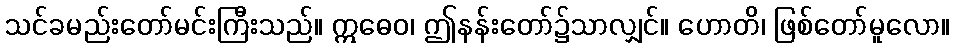
သင်ခမည်းတော်မင်းကြီးသည်။ ဣဓေဝ၊ ဤနန်းတော်၌သာလျှင်။ ဟောတိ၊ ဖြစ်တော်မူလော။